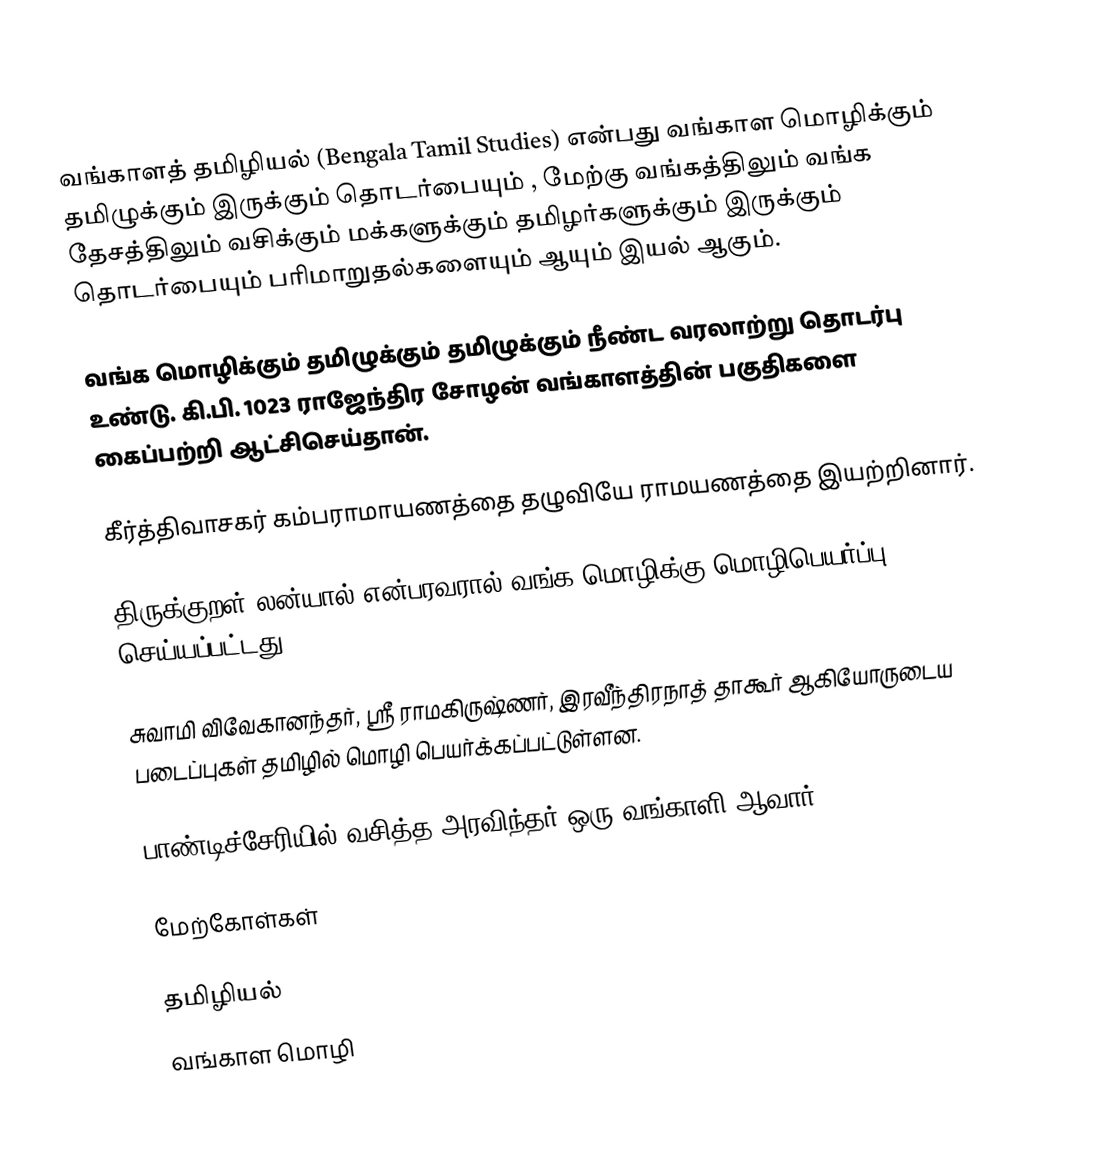
வங்காளத் தமிழியல் (Bengala Tamil Studies) என்பது  வங்காள மொழிக்கும்  தமிழுக்கும் இருக்கும் தொடர்பையும் , மேற்கு வங்கத்திலும் வங்க தேசத்திலும் வசிக்கும் மக்களுக்கும்  தமிழர்களுக்கும் இருக்கும் தொடர்பையும் பரிமாறுதல்களையும் ஆயும் இயல் ஆகும்.

வங்க மொழிக்கும் தமிழுக்கும் தமிழுக்கும் நீண்ட வரலாற்று தொடர்பு உண்டு.  கி.பி. 1023 ராஜேந்திர சோழன் வங்காளத்தின் பகுதிகளை கைப்பற்றி ஆட்சிசெய்தான்.

கீர்த்திவாசகர் கம்பராமாயணத்தை தழுவியே ராமயணத்தை இயற்றினார்.

திருக்குறள் லன்யால் என்பரவரால் வங்க மொழிக்கு மொழிபெயர்ப்பு செய்யப்பட்டது.

சுவாமி விவேகானந்தர், ஸ்ரீ ராமகிருஷ்ணர், இரவீந்திரநாத் தாகூர் ஆகியோருடைய படைப்புகள் தமிழில் மொழி பெயர்க்கப்பட்டுள்ளன.

பாண்டிச்சேரியில் வசித்த அரவிந்தர் ஒரு வங்காளி ஆவார்.

மேற்கோள்கள்

தமிழியல்
வங்காள மொழி